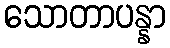
သောတာပန္နာ